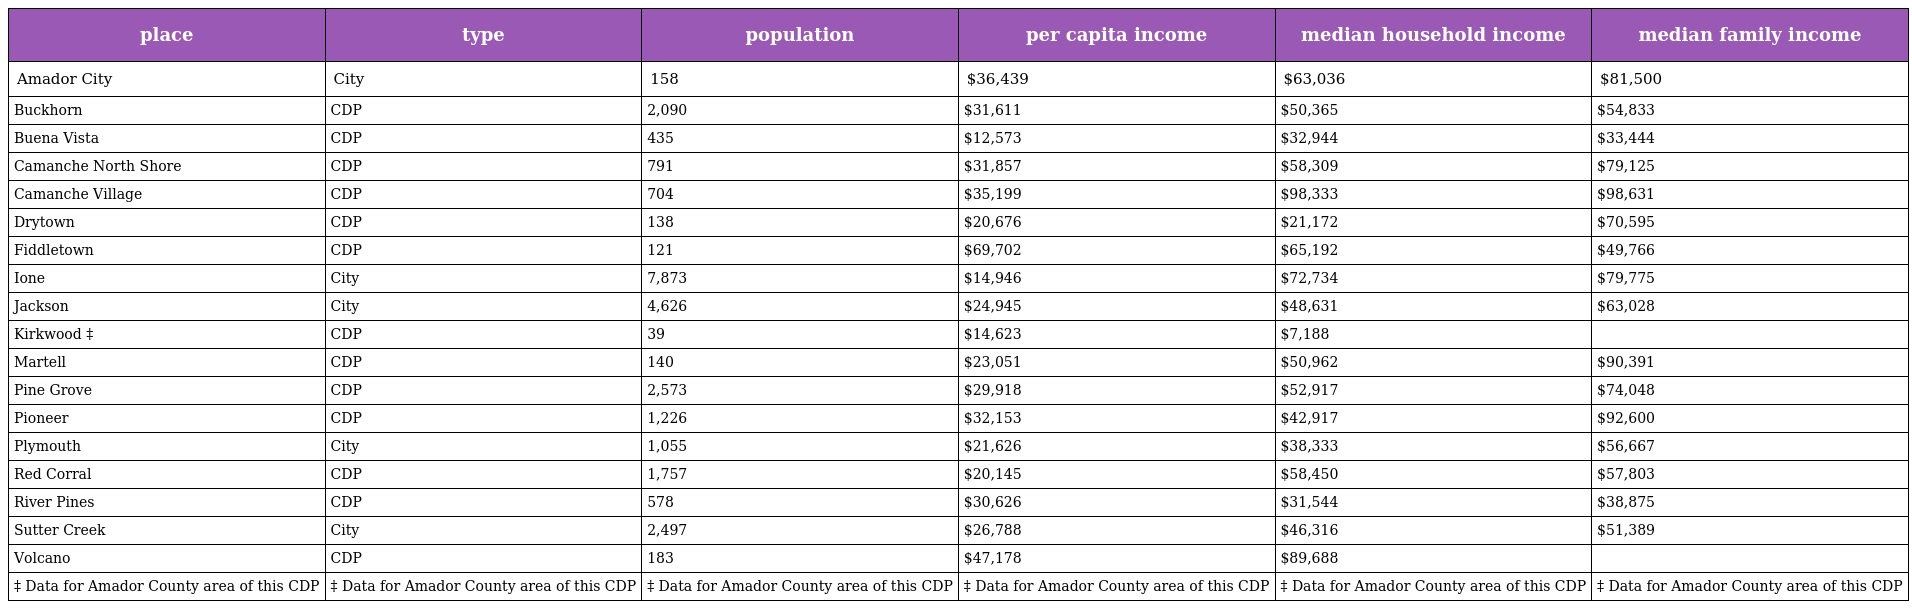
| place | type | population | per capita income | median household income | median family income |
 | --- | --- | --- | --- | --- | --- |
 | Amador City | City | 158 | $36,439 | $63,036 | $81,500 |
 | Buckhorn | CDP | 2,090 | $31,611 | $50,365 | $54,833 |
 | Buena Vista | CDP | 435 | $12,573 | $32,944 | $33,444 |
 | Camanche North Shore | CDP | 791 | $31,857 | $58,309 | $79,125 |
 | Camanche Village | CDP | 704 | $35,199 | $98,333 | $98,631 |
 | Drytown | CDP | 138 | $20,676 | $21,172 | $70,595 |
 | Fiddletown | CDP | 121 | $69,702 | $65,192 | $49,766 |
 | Ione | City | 7,873 | $14,946 | $72,734 | $79,775 |
 | Jackson | City | 4,626 | $24,945 | $48,631 | $63,028 |
 | Kirkwood ‡ | CDP | 39 | $14,623 | $7,188 |  |
 | Martell | CDP | 140 | $23,051 | $50,962 | $90,391 |
 | Pine Grove | CDP | 2,573 | $29,918 | $52,917 | $74,048 |
 | Pioneer | CDP | 1,226 | $32,153 | $42,917 | $92,600 |
 | Plymouth | City | 1,055 | $21,626 | $38,333 | $56,667 |
 | Red Corral | CDP | 1,757 | $20,145 | $58,450 | $57,803 |
 | River Pines | CDP | 578 | $30,626 | $31,544 | $38,875 |
 | Sutter Creek | City | 2,497 | $26,788 | $46,316 | $51,389 |
 | Volcano | CDP | 183 | $47,178 | $89,688 |  |
 | ‡ Data for Amador County area of this CDP | ‡ Data for Amador County area of this CDP | ‡ Data for Amador County area of this CDP | ‡ Data for Amador County area of this CDP | ‡ Data for Amador County area of this CDP | ‡ Data for Amador County area of this CDP |